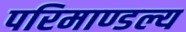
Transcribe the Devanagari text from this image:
परिमाण्डल्य